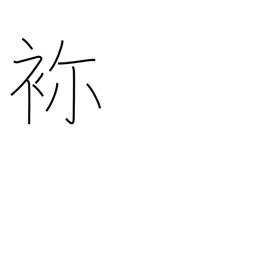
Meaning: embroidery